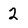
Character: 2